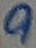
Text: 9